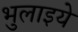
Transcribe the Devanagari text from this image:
भुलाइये